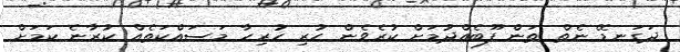
ދަގަނޑޭ ނެތް ތަން ފޫބެއްދުމަށް ކުރެވެން ހުރި ހުރިހާ މަސައްކަތެއް ކުރާނެ ކަމަށް